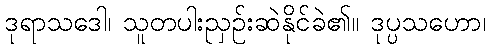
ဒုရာသဒေါ၊ သူတပါးညှဉ်းဆဲနိုင်ခဲ၏။ ဒုပ္ပသဟော၊